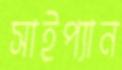
সাইপ্যান